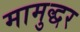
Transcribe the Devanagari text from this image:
मामुद्धर